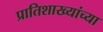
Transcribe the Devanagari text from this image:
प्रातिशाख्यांच्या